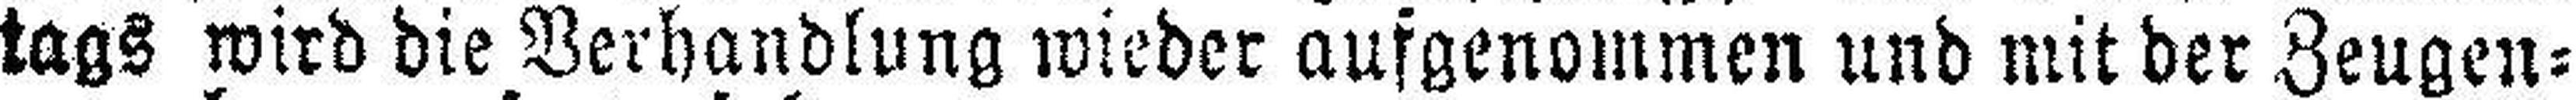
tags wird die Verhandlung wieder ausgenommen und mit der Zeugen¬